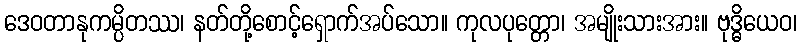
ဒေဝတာနုကမ္ပိတဿ၊ နတ်တို့စောင့်ရှောက်အပ်သော။ ကုလပုတ္တော၊ အမျိုးသားအား။ ဗုဒ္ဓိယေဝ၊